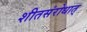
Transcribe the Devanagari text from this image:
शीतसंरोधात्